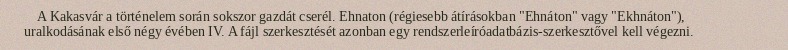
A Kakasvár a történelem során sokszor gazdát cserél. Ehnaton (régiesebb átírásokban "Ehnáton" vagy "Ekhnáton"), uralkodásának első négy évében IV. A fájl szerkesztését azonban egy rendszerleíróadatbázis-szerkesztővel kell végezni.